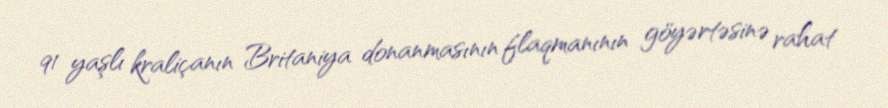
91 yaşlı kraliçanın Britaniya donanmasının flaqmanının göyərtəsinə rahat